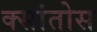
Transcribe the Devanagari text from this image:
क्सांतोस